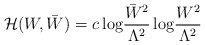
\begin{align*}{\cal H}(W,\bar{W})=c\,{\rm log}\frac{\bar{W}^2}{\Lambda^2}\,{\rm log}\frac{W^2}{\Lambda^2}\end{align*}